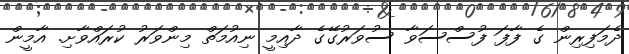
ދެމަފިރިން ގެ ފާފަ ފުސްސަވާ ސުވަރުގޭގެ ދާއިމީ ނިއުމަތް މިންވަރު ކުރައްވާށި. އާމީން